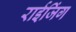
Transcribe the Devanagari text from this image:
राईजिंग